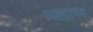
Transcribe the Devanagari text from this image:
महाण